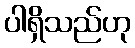
ပါရှိသည်ဟု